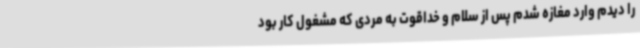
را دیدم وارد مغازه شدم پس از سلام و خداقوت به مردی که مشغول کار بود